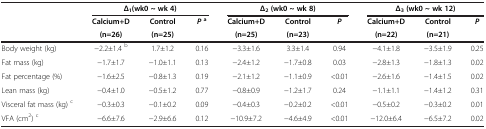
|  | <COLSPAN=3> Δ1(wk0 ~ wk 4) | <COLSPAN=3> Δ2(wk0 ~ wk 8) | <COLSPAN=3> Δ3(wk0 ~ wk 12) |
 |  | Calcium+D | Control | Pa | Calcium+D | Control | P | Calcium+D | Control | P |
 |  | (n=26) | (n=25) |  | (n=25) | (n=23) |  | (n=22) | (n=21) |  |
 | --- | --- | --- | --- | --- | --- | --- | --- | --- | --- |
 | Body weight (kg) | −2.2±1.4 b | 1.7±1.2 | 0.16 | −3.3±1.6 | 3.3±1.4 | 0.94 | −4.1±1.8 | −3.5±1.9 | 0.25 |
 | Fat mass (kg) | −1.7±1.7 | −1.0±1.1 | 0.13 | −2.4±1.2 | −1.7±0.8 | 0.03 | −2.8±1.3 | −1.8±1.3 | 0.02 |
 | Fat percentage (%) | −1.6±2.5 | −0.8±1.3 | 0.19 | −2.1±1.2 | −1.1±0.9 | <0.01 | −2.6±1.6 | −1.4±1.5 | 0.02 |
 | Lean mass (kg) | −0.4±1.0 | −0.5±1.2 | 0.77 | −0.8±0.9 | −1.2±1.7 | 0.24 | −1.1±1.1 | −1.4±1.2 | 0.31 |
 | Visceral fat mass (kg) c | −0.3±0.3 | −0.1±0.2 | 0.09 | −0.4±0.3 | −0.2±0.2 | <0.01 | −0.5±0.2 | −0.3±0.2 | 0.01 |
 | VFA (cm2) c | −6.6±7.6 | −2.9±6.6 | 0.12 | −10.9±7.2 | −4.6±4.9 | <0.01 | −12.0±6.4 | −6.5±7.2 | 0.02 |